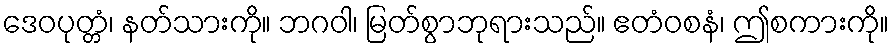
ဒေဝပုတ္တံ၊ နတ်သားကို။ ဘဂဝါ၊ မြတ်စွာဘုရားသည်။ ဧတံဝစနံ၊ ဤစကားကို။